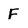
Character: F